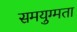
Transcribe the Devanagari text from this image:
समयुग्मता